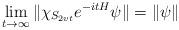
LaTeX: \begin{align*} \lim\limits_{t\rightarrow\infty } \|\chi_{S_{2vt}}e^{-itH}\psi\|=\|\psi\|\end{align*}